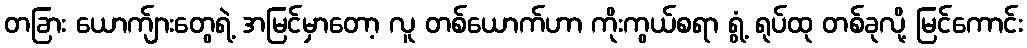
တခြား ယောက်ျားတွေရဲ့ အမြင်မှာတော့ လူ တစ်ယောက်ဟာ ကိုးကွယ်စရာ ရွံ့ ရုပ်ထု တစ်ခုလို့ မြင်ကောင်း